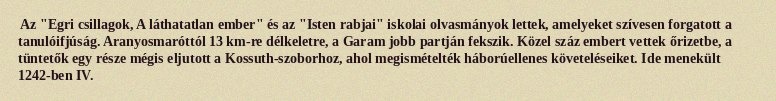
Az "Egri csillagok, A láthatatlan ember" és az "Isten rabjai" iskolai olvasmányok lettek, amelyeket szívesen forgatott a tanulóifjúság. Aranyosmaróttól 13 km-re délkeletre, a Garam jobb partján fekszik. Közel száz embert vettek őrizetbe, a tüntetők egy része mégis eljutott a Kossuth-szoborhoz, ahol megismételték háborúellenes követeléseiket. Ide menekült 1242-ben IV.